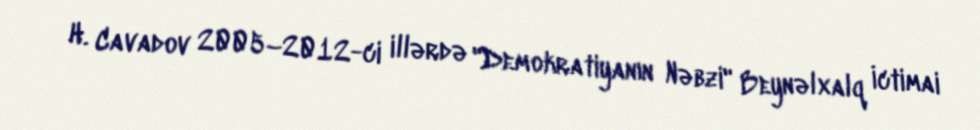
H. Cavadov 2005–2012-ci illərdə "Demokratiyanın Nəbzi" Beynəlxalq İctimai